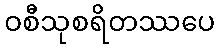
ဝစီသုစရိတဿပေ